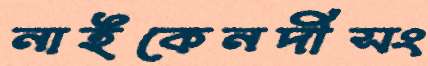
নাইকেনদীসং